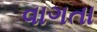
વાગતા